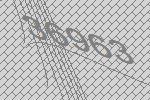
36963